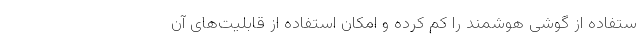
ستفاده از گوشی هوشمند را کم کرده و امکان استفاده از قابلیت‌های آن